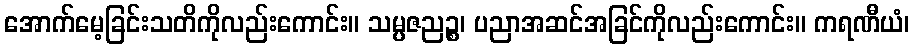
အောက်မေ့ခြင်းသတိကိုလည်းကောင်း။ သမ္ပဇညဉ္စ၊ ပညာအဆင်အခြင်ကိုလည်းကောင်း။ ကရဏီယံ၊